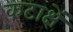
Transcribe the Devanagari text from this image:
कटाक्षें